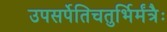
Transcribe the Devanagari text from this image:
उपसर्पेतिचतुर्भिर्मंत्रैः